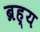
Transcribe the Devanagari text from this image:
ब्रह्य